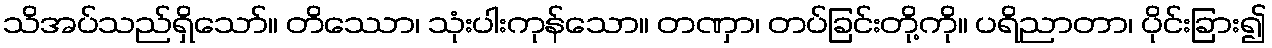
သိအပ်သည်ရှိသော်။ တိဿော၊ သုံးပါးကုန်သော။ တဏှာ၊ တပ်ခြင်းတို့ကို။ ပရိညာတာ၊ ပိုင်းခြား၍